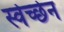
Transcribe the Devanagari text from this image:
स्वेच्छेन